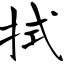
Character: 拭